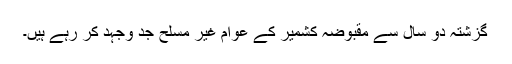
گزشتہ دو سال سے مقبوضہ کشمیر کے عوام غیر مسلح جد وجہد کر رہے ہیں۔